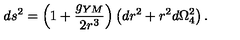
d s ^ { 2 } = \left( 1 + \frac { g _ { Y M } } { 2 r ^ { 3 } } \right) \left( d r ^ { 2 } + r ^ { 2 } d \Omega _ { 4 } ^ { 2 } \right) .